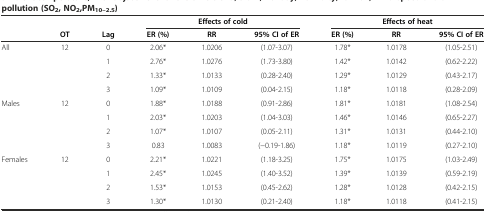
<table><thead><tr><td></td><td></td><td></td><td colspan="3"><b>Effects of cold</b></td><td colspan="3"><b>Effects of heat</b></td></tr><tr><td></td><td><b>OT</b></td><td><b>Lag</b></td><td><b>ER (%)</b></td><td><b>RR</b></td><td><b>95% CI of ER</b></td><td><b>ER (%)</b></td><td><b>RR</b></td><td><b>95% CI of ER</b></td></tr></thead><tbody><tr><td>All</td><td>12</td><td>0</td><td>2.06*</td><td>1.0206</td><td>(1.07-3.07)</td><td>1.78*</td><td>1.0178</td><td>(1.05-2.51)</td></tr><tr><td></td><td></td><td>1</td><td>2.76*</td><td>1.0276</td><td>(1.73-3.80)</td><td>1.42*</td><td>1.0142</td><td>(0.62-2.22)</td></tr><tr><td></td><td></td><td>2</td><td>1.33*</td><td>1.0133</td><td>(0.28-2.40)</td><td>1.29*</td><td>1.0129</td><td>(0.43-2.17)</td></tr><tr><td></td><td></td><td>3</td><td>1.09*</td><td>1.0109</td><td>(0.04-2.15)</td><td>1.18*</td><td>1.0118</td><td>(0.28-2.09)</td></tr><tr><td>Males</td><td>12</td><td>0</td><td>1.88*</td><td>1.0188</td><td>(0.91-2.86)</td><td>1.81*</td><td>1.0181</td><td>(1.08-2.54)</td></tr><tr><td></td><td></td><td>1</td><td>2.03*</td><td>1.0203</td><td>(1.04-3.03)</td><td>1.46*</td><td>1.0146</td><td>(0.65-2.27)</td></tr><tr><td></td><td></td><td>2</td><td>1.07*</td><td>1.0107</td><td>(0.05-2.11)</td><td>1.31*</td><td>1.0131</td><td>(0.44-2.10)</td></tr><tr><td></td><td></td><td>3</td><td>0.83</td><td>1.0083</td><td>(−0.19-1.86)</td><td>1.18*</td><td>1.0119</td><td>(0.27-2.10)</td></tr><tr><td>Females</td><td>12</td><td>0</td><td>2.21*</td><td>1.0221</td><td>(1.18-3.25)</td><td>1.75*</td><td>1.0175</td><td>(1.03-2.49)</td></tr><tr><td></td><td></td><td>1</td><td>2.45*</td><td>1.0245</td><td>(1.40-3.52)</td><td>1.39*</td><td>1.0139</td><td>(0.59-2.19)</td></tr><tr><td></td><td></td><td>2</td><td>1.53*</td><td>1.0153</td><td>(0.45-2.62)</td><td>1.28*</td><td>1.0128</td><td>(0.42-2.15)</td></tr><tr><td></td><td></td><td>3</td><td>1.30*</td><td>1.0130</td><td>(0.21-2.40)</td><td>1.18*</td><td>1.0118</td><td>(0.41-2.15)</td></tr></tbody></table>